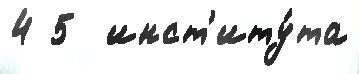
4 5  инст'иту́та